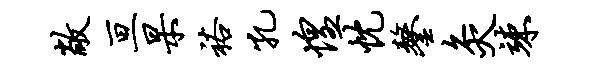
敞亘杲裕孔惶忱鏊灸竦